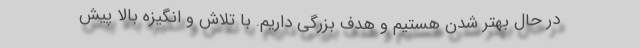
در حال بهتر شدن هستیم و هدف بزرگی داریم. با تلاش و انگیزه بالا پیش